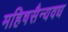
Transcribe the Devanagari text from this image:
महिषसैन्यवध